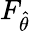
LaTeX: F_{\hat{\theta}}